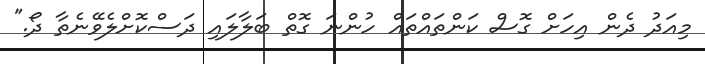
މިއަދު ދެން އިހަށް ގޮސް ކަންތައްތައް ހުންނަ ގޮތް ބަލާލައި ދަސްކޮށްލެވޭނެތާ ދޯ."